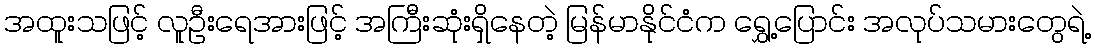
အထူးသဖြင့် လူဦးရေအားဖြင့် အကြီးဆုံးရှိနေတဲ့ မြန်မာနိုင်ငံက ရွှေ့ပြောင်း အလုပ်သမားတွေရဲ့